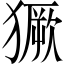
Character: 獗